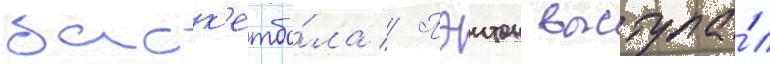
баск'етбо́ла // Пэитон выступа́л